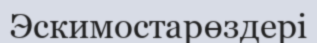
Эскимостарөздері